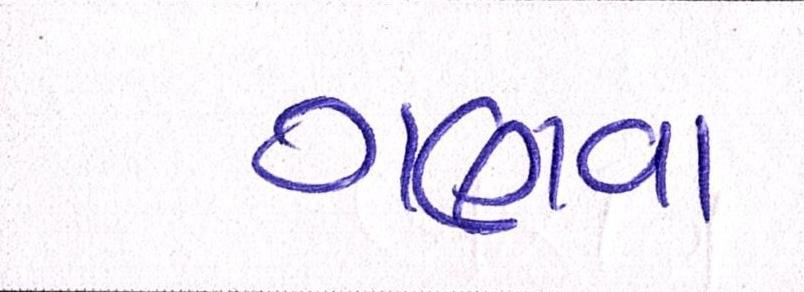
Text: ગણવા